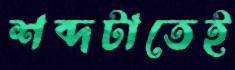
শব্দটাতেই